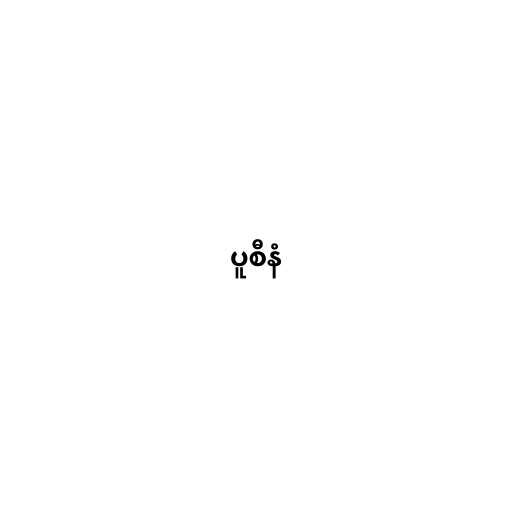
ပူစီနံ